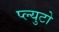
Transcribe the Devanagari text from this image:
प्ल्युटो